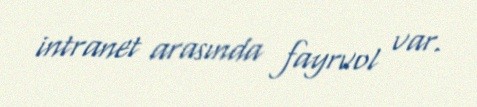
intranet arasında fayrvol var.